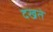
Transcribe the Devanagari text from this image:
दखते